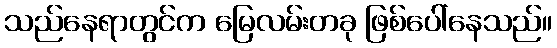
သည်နေရာတွင်က မြေလမ်းတခု ဖြစ်ပေါ်နေသည်။